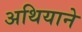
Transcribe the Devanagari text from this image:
अथियाने